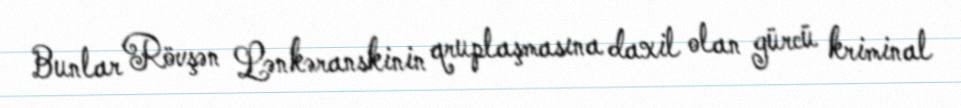
Bunlar Rövşən Lənkəranskinin qruplaşmasına daxil olan gürcü kriminal